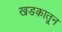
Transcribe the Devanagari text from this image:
खडकातून